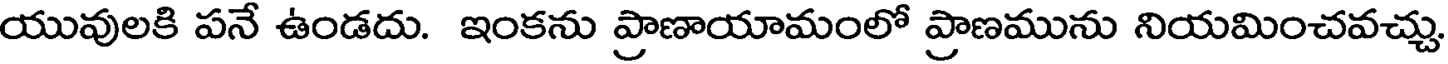
యువులకి పనే ఉండదు. ఇంకను ప్రాణాయామంలో ప్రాణమును నియమించవచ్చు